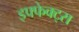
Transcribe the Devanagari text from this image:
इफ्फेक्ट्स